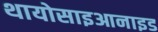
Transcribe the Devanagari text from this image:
थायोसाइआनाइड